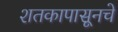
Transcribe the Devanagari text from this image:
शतकापासूनचे